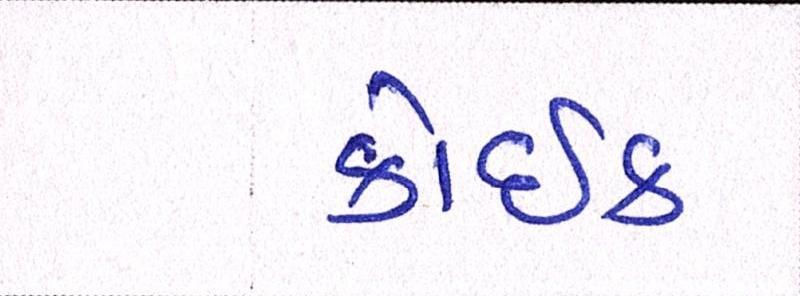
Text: કોઈક